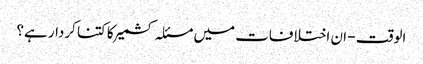
الوقت - ان اختلافات میں مسئلہ کشمیر کا کتنا کردار ہے؟